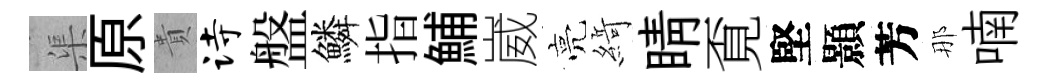
渠原貴诗盤鱗指鯆崴亮𦂶睛覔堅顥芳那喃